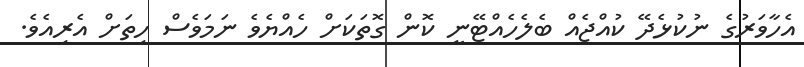
އެހާވަރުގެ ނުކުޅެދޭ ކުއްޖެއް ބެލެހެއްޓޭނީ ކޮން ގޮތަކަށް ހެއްޔެވެ ނަމަވެސް ހިތަށް އެރިއެވެ.